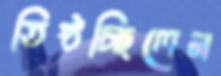
তিষ্ঠচ্ছিলেন